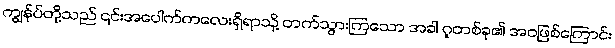
ကျွန်ုပ်တို့သည် ၎င်းအပေါက်ကလေးရှိရာသို့ တက်သွားကြသော အခါ ဂူတစ်ခု၏ အဝဖြစ်ကြောင်း